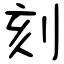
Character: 刻